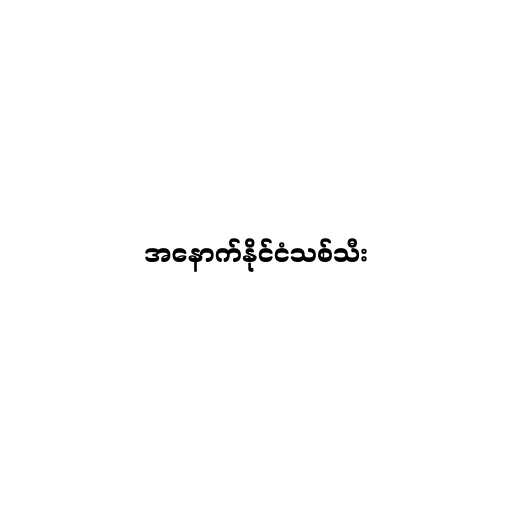
အနောက်နိုင်ငံသစ်သီး